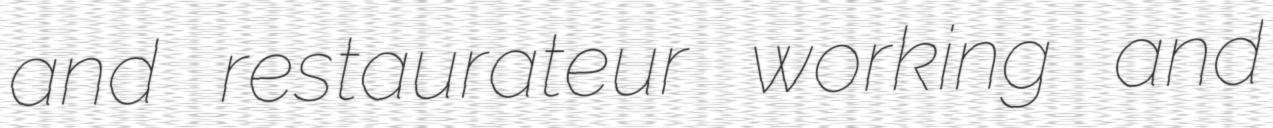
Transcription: and restaurateur working and